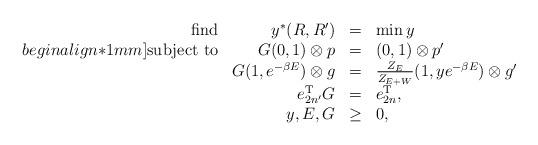
LaTeX: \begin{align*}\begin{array}{rrcl}\textrm{find} & y^*(R,R')&=&\min y\\begin{align*}1mm]\textrm{subject to} & G(0,1)\otimes p&=&(0,1)\otimes p'\\&G(1,e^{-\beta E})\otimes g&=&\frac{Z_E}{Z_{E+W}}(1,ye^{-\beta E})\otimes g'\\&e_{2n'}^{\rm T}G &=& e_{2n}^{\rm T},\\&y,E,G&\geq& 0,\end{array}\end{align*}